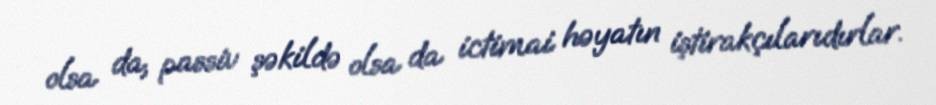
olsa da, passiv şəkildə olsa da ictimai həyatın iştirakçılarıdırlar.